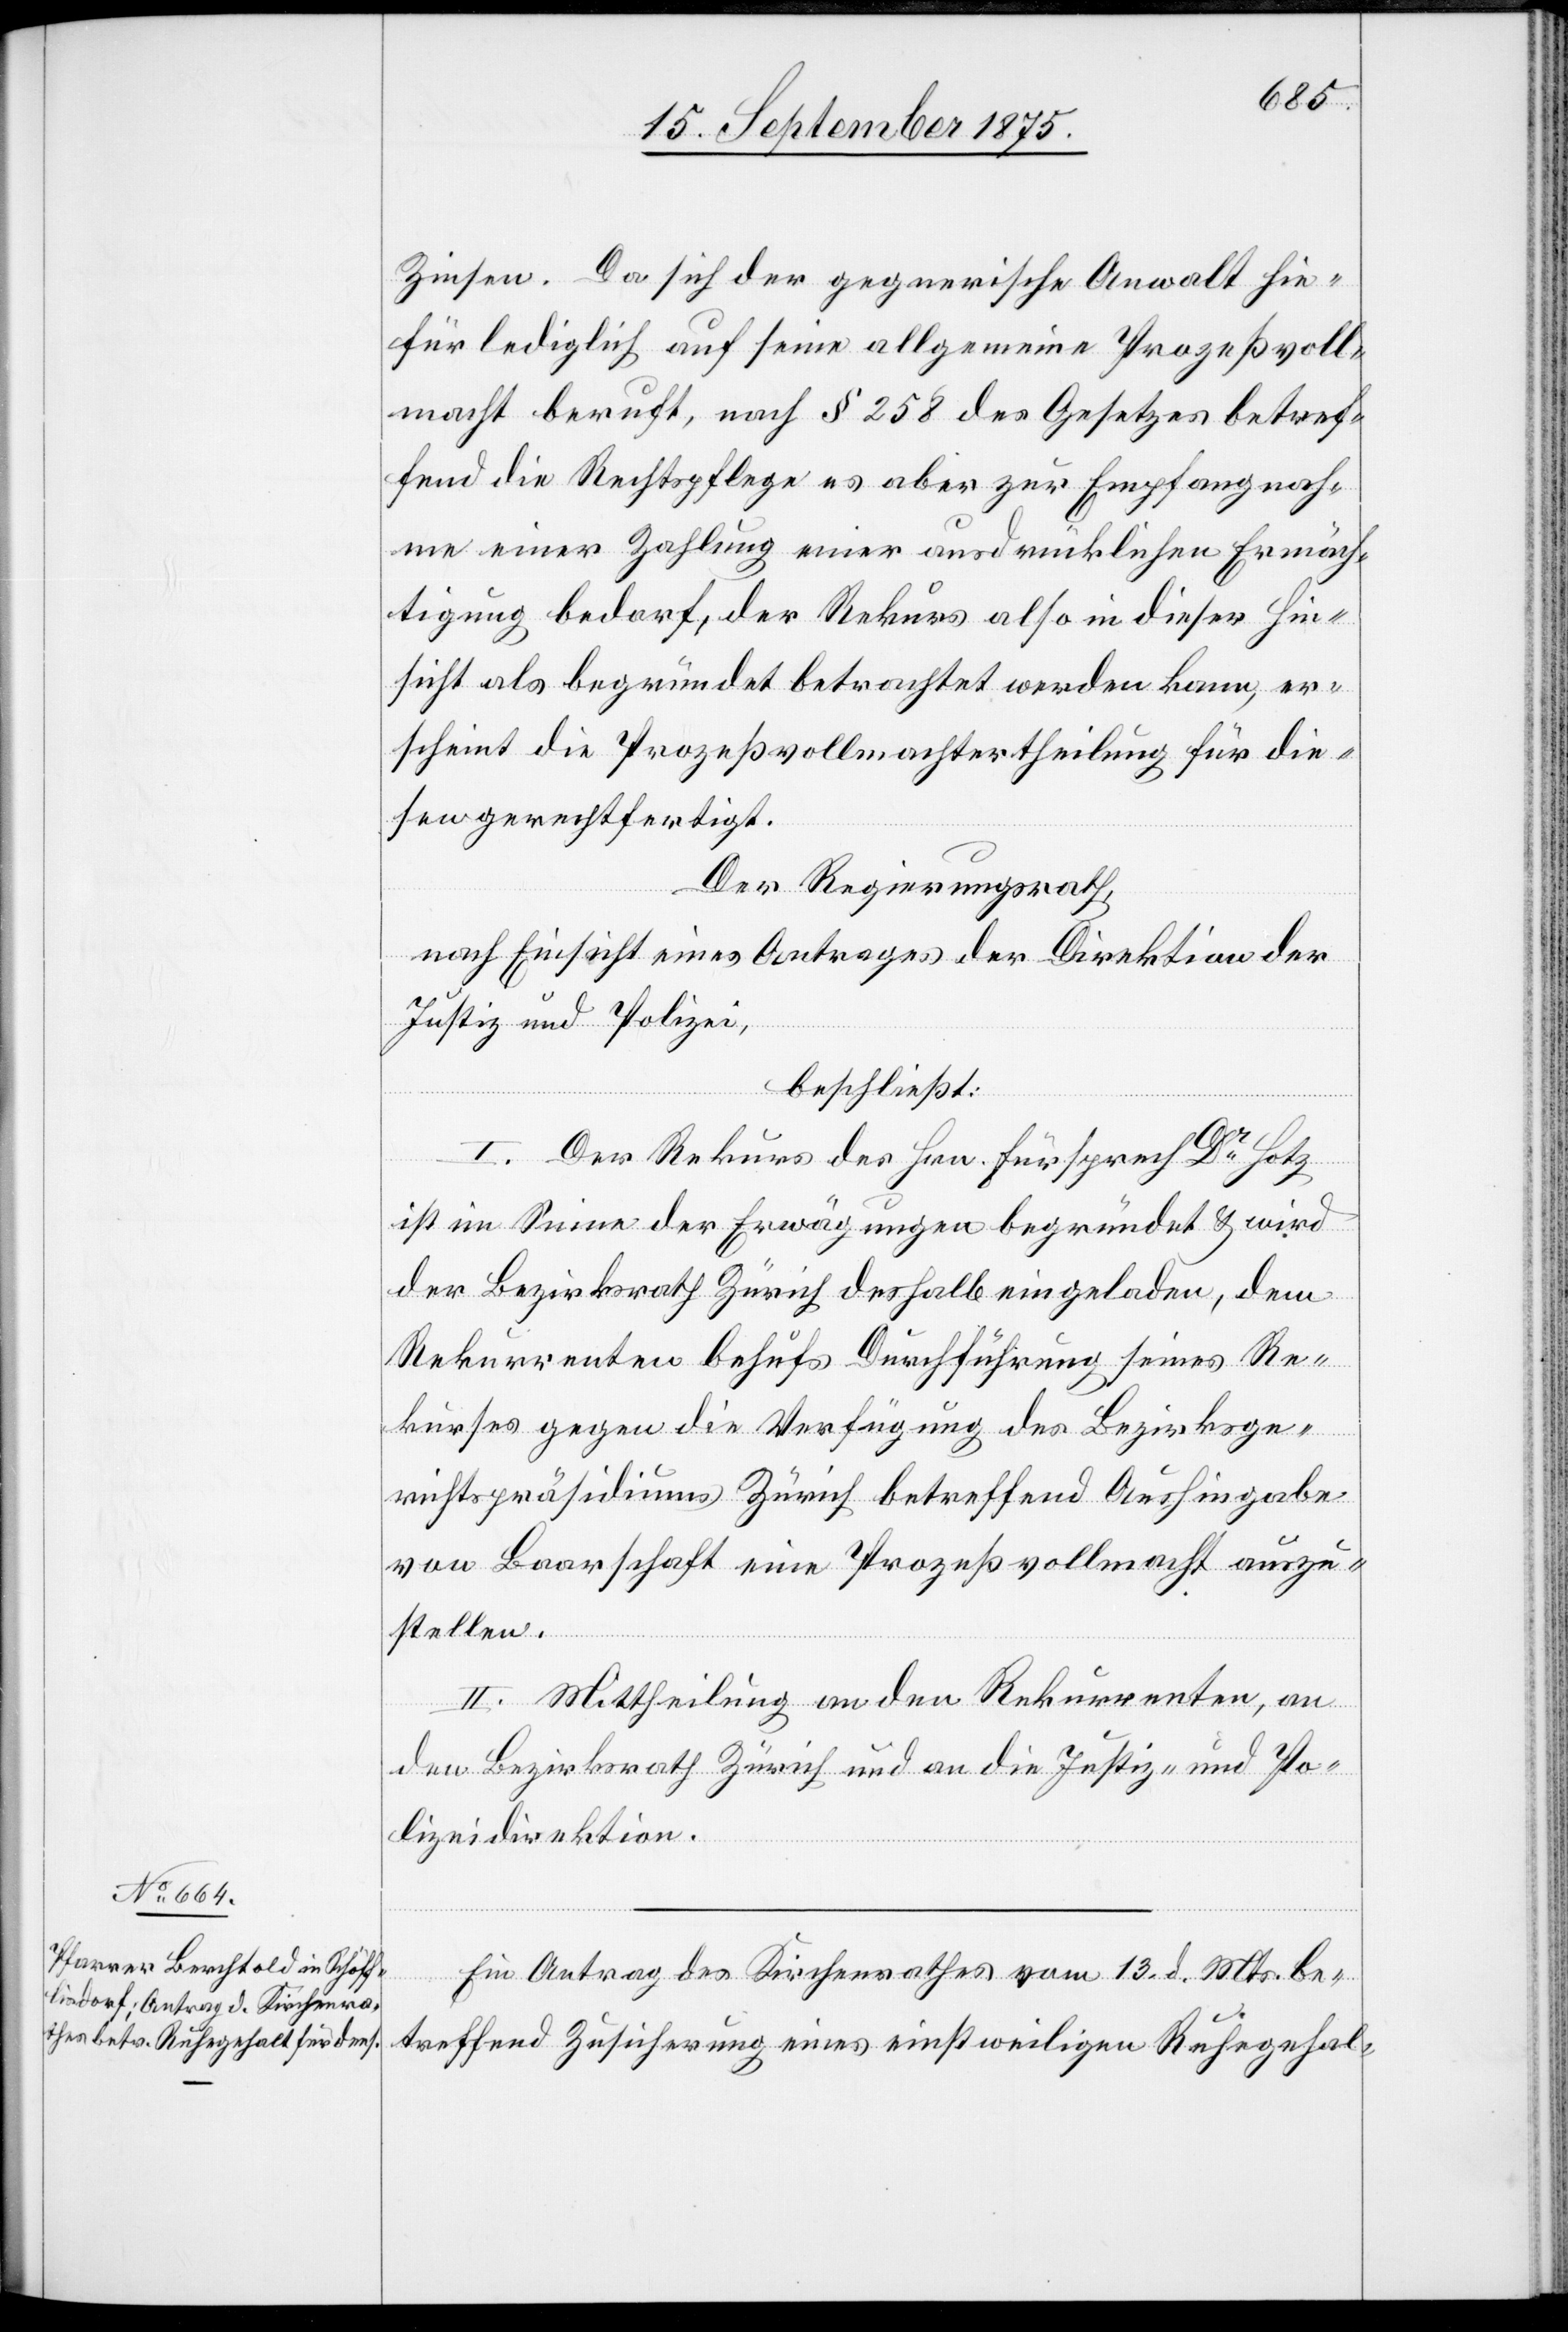
Zinsen. Da sich der gegnerische Anwalt hie¬
für lediglich auf seine allgemeine Prozeßvoll¬
macht beruft, nach § 258 des Gesetzes betref¬
fend die Rechtspflege es aber zur Empfangnah¬
me einer Zahlung einer ausdrücklichen Ermäch¬
tigung bedarf, der Rekurs also in dieser Hin¬
sicht als begründet betrachtet werden kann, er¬
scheint die Prozeßvollmachtertheilung für die¬
sen gerechtfertigt.
Der Regierungsrath,
nach Einsicht eines Antrages der Direktion der
Justiz und Polizei,
beschließt:
I. Der Rekurs des Hrn. Fürsprech Dr Hotz
ist im Sinne der Erwägungen begründet & wird
der Bezirksrath Zürich deshalb eingeladen, dem
Rekurrenten behufs Durchführung seines Re¬
kurses gegen die Verfügung des Bezirksge¬
richtspräsidiums Zürich betreffend Aushingabe
von Baarschaft eine Prozeßvollmacht auszu¬
stellen.
II. Mittheilung an den Rekurrenten, an
den Bezirksrath Zürich und an die Justiz- und Po¬
lizeidirektion.
Ein Antrag des Kirchenrathes vom 13. d. Mts. be¬
treffend Zusicherung eines einstweiligen Ruhegehal-